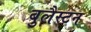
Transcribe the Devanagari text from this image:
बुलैस्टन